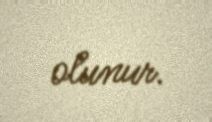
olunur.